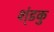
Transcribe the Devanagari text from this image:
श्ंडकु